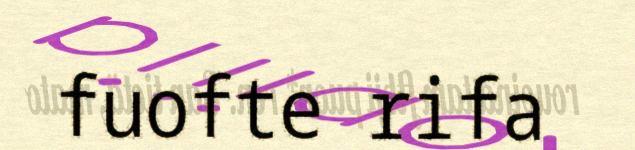
fuofte rifa